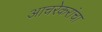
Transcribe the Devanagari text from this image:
आचरेकरांचा